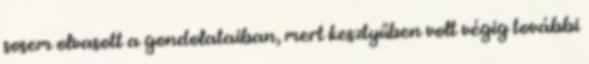
sosem olvasott a gondolataiban, mert kesztyűben volt végig további